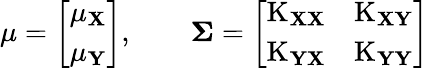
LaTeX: \mathbf{\mu}={\left[\begin{array}{l}{\mathbf{\mu_{X}}}\\ {\mathbf{\mu_{Y}}}\end{array}\right]},\qquad\mathbf{\Sigma}={\left[\begin{array}{ll}{\operatorname{K}_{\mathbf{XX}}}&{\operatorname{K}_{\mathbf{XY}}}\\ {\operatorname{K}_{\mathbf{YX}}}&{\operatorname{K}_{\mathbf{YY}}}\end{array}\right]}